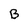
Character: B